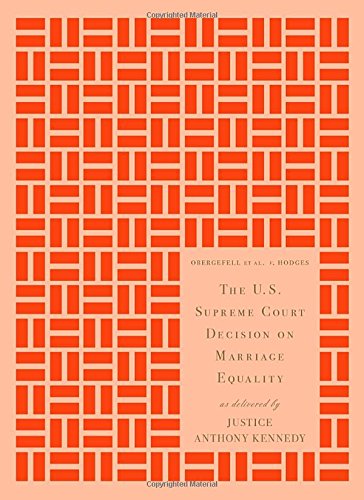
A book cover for The U.S. Supreme Court Decision on Marriage Equality, Gift Edition: As Delivered by Justice Anthony Kennedy; Anthony M. Kennedy; Gay & Lesbian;